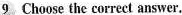
9 Choose the correct answer.